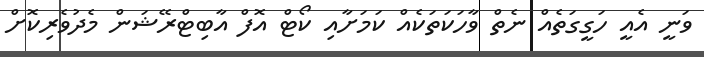
ވަނީ އެއީ ހަގީގަތެއް ނެތް ވާހަކަތަކެއް ކަަމަށާއި ކޯޓް އޮފް އާބިޓްރޭޝަން މެދުވެރިކޮށް